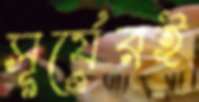
সূর্যেরই